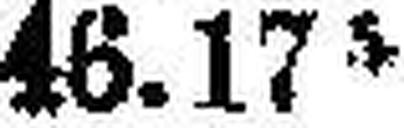
46.175